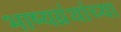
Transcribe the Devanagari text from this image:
भाष्यग्रंथांच्या